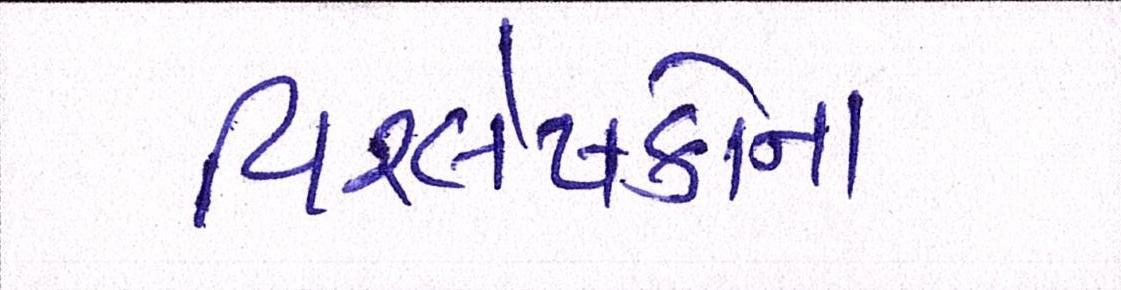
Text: વિશ્લેષકોના